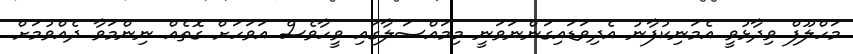
މަހްލޫފް ވިދާޅުވީ އެމަނިކުފާނު އެދިވަޑައިގަންނަވަނީ މިމައްސަލާގައި ވީހާވެސް އަވަހަށް ގޮތެއް ނިންމަވާ ދެއްވުމަށް